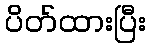
ပိတ်ထားပြီး